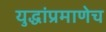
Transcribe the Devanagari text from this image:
युद्धांप्रमाणेच